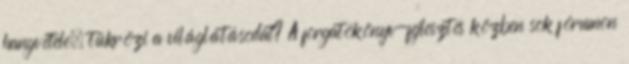
hangvétele, tükrözi a világlátásodat? A forgatókönyv-fejlesztés közben sok fórumon